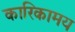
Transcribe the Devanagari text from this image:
कारिकामय